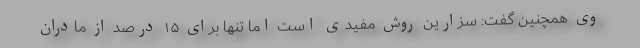
وی همچنین گفت: سزارین روش مفیدی است اما تنها برای ۱۵ درصد از مادران